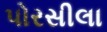
પોરસીલા